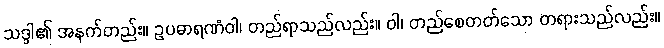
သဒ္ဒါ၏ အနက်တည်း။ ဥပဓာရဏံဝါ၊ တည်ရာသည်လည်း။ ဝါ၊ တည်စေတတ်သော တရားသည်လည်း။